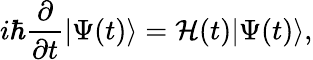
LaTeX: i\hbar\frac{\partial}{\partial t}\vert\Psi(t)\rangle=\mathcal{H}(t)\vert\Psi(t)\rangle,